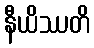
နီယိဿတိ